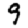
Digit: 9